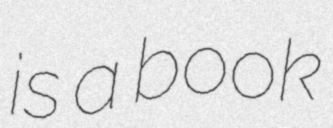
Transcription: is a book